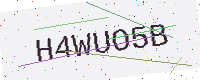
Text: H4WUO5B